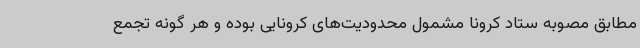
مطابق مصوبه ستاد کرونا مشمول محدودیت‌های کرونایی بوده و هر گونه تجمع